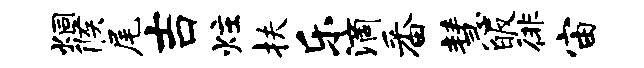
炯候尾吉炷扶乐滴番慧皈徘宙